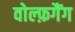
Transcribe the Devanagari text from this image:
वोल्फ़गैंग